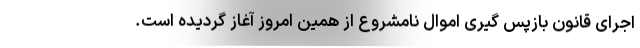
اجرای قانون بازپس گیری اموال نامشروع از همین امروز آغاز گردیده است.